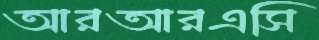
আরআরএসি